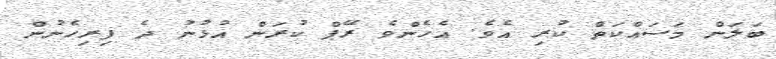
ބަލަން މަސައްކަތް ކުރި އެވެ. އެހެންވެ ރޭޕް ކުރަން އުޅުނު ދެ ފިރިހެނުން